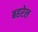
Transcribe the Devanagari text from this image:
बहरेल